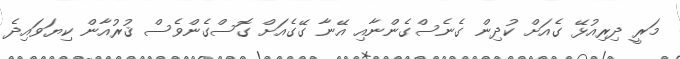
މަރީ ދިރިއުޅޭ ގެއަށް ކުދިން ގެނެސްގެންނާއި އޭނާ ގޭގެއަށް ގޮސްގެންވެސް ޤުރުއާން ކިޔަވައިދެ